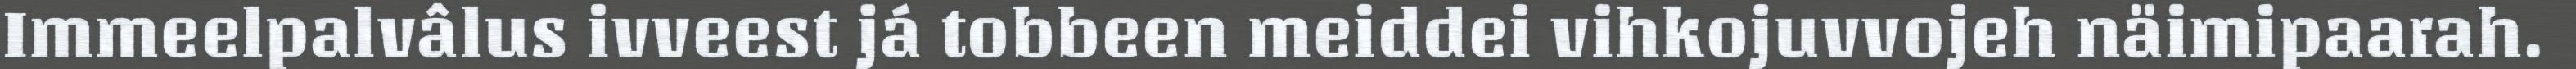
Immeelpalvâlus ivveest já tobbeen meiddei vihkojuvvojeh näimipaarah.